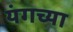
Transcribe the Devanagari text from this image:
यंगच्या